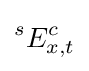
{}^{s}E_{x,t}^{c}